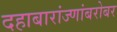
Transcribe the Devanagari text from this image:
दहाबारांज्णांबरोबर